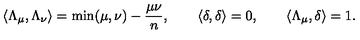
\langle \Lambda _ { \mu } , \Lambda _ { \nu } \rangle = \mathrm { m i n } ( \mu , \nu ) - \frac { \mu \nu } { n } , \qquad \langle \delta , \delta \rangle = 0 , \qquad \langle \Lambda _ { \mu } , \delta \rangle = 1 .